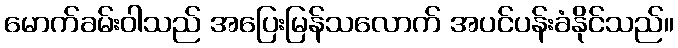
မောက်ခမ်းဝါသည် အပြေးမြန်သလောက် အပင်ပန်းခံနိုင်သည်။